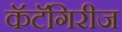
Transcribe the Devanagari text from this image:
कॅटॅगिरीज